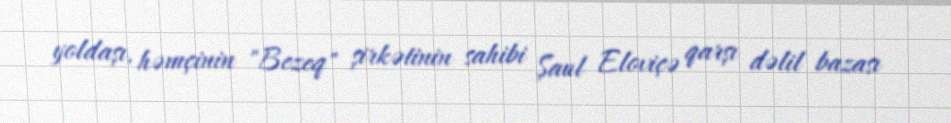
yoldaşı, həmçinin "Bezeq" şirkətinin sahibi Şaul Eloviçə qarşı dəlil bazası